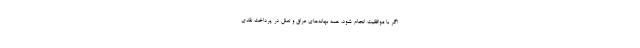
اگر با موافقیت انجام شود، همه بهانه‌های عراق و تعلل در پرداخت نقدی